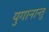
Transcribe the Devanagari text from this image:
युगानान्तु